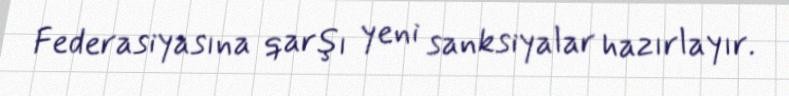
Federasiyasına qarşı yeni sanksiyalar hazırlayır.